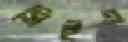
সিইএ